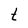
Character: t